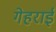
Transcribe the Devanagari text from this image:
गेहराई